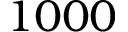
1 0 0 0